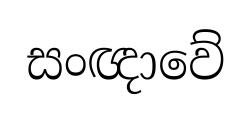
සංඥාවේ